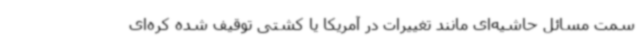
سمت مسائل حاشیه‌ای مانند تغییرات در آمریکا یا کشتی توقیف شده کره‌ای